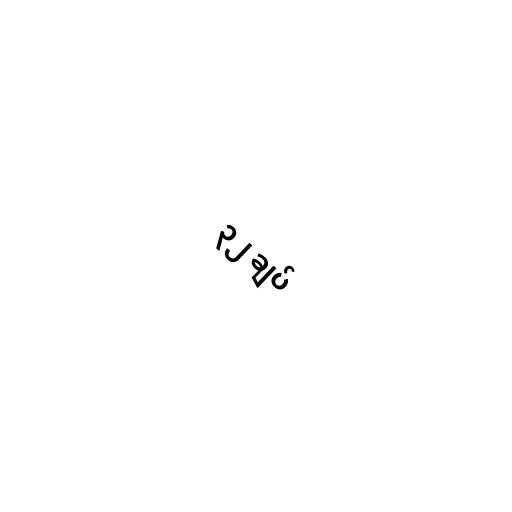
၃၂ ချပ်